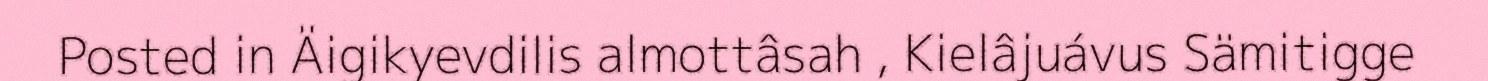
Posted in Äigikyevdilis almottâsah , Kielâjuávus Sämitigge